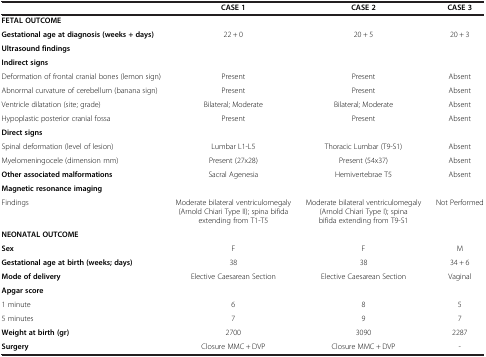
<table><thead><tr><td><b> </b></td><td><b>CASE 1</b></td><td><b>CASE 2</b></td><td><b>CASE 3</b></td></tr></thead><tbody><tr><td><b>FETAL OUTCOME</b></td><td> </td><td> </td><td> </td></tr><tr><td><b>Gestational age at diagnosis </b><b>(weeks + days)</b></td><td>22 + 0</td><td>20 + 5</td><td>20 + 3</td></tr><tr><td><b>Ultrasound findings</b></td><td> </td><td> </td><td> </td></tr><tr><td><b>Indirect signs</b></td><td> </td><td> </td><td> </td></tr><tr><td>Deformation of frontal cranial bones (lemon sign)</td><td>Present</td><td>Present</td><td>Absent</td></tr><tr><td>Abnormal curvature of cerebellum (banana sign)</td><td>Present</td><td>Present</td><td>Absent</td></tr><tr><td>Ventricle dilatation (site; grade)</td><td>Bilateral; Moderate</td><td>Bilateral; Moderate</td><td>Absent</td></tr><tr><td>Hypoplastic posterior cranial fossa</td><td>Present</td><td>Present</td><td>Absent</td></tr><tr><td><b>Direct signs</b></td><td> </td><td> </td><td> </td></tr><tr><td>Spinal deformation (level of lesion)</td><td>Lumbar L1-L5</td><td>Thoracic Lumbar (T9-S1)</td><td>Absent</td></tr><tr><td>Myelomeningocele (dimension mm)</td><td>Present (27x28)</td><td>Present (54x37)</td><td>Absent</td></tr><tr><td><b>Other associated malformations</b></td><td>Sacral Agenesia</td><td>Hemivertebrae T5</td><td>Absent</td></tr><tr><td><b>Magnetic resonance imaging</b></td><td> </td><td> </td><td> </td></tr><tr><td>Findings</td><td>Moderate bilateral ventriculomegaly (Arnold Chiari Type II); spina bifida extending from T1-T5</td><td>Moderate bilateral ventriculomegaly (Arnold Chiari Type I); spina bifida extending from T9-S1</td><td>Not Performed</td></tr><tr><td><b>NEONATAL OUTCOME</b></td><td> </td><td> </td><td> </td></tr><tr><td><b>Sex</b></td><td>F</td><td>F</td><td>M</td></tr><tr><td><b>Gestational age at birth (weeks; days)</b></td><td>38</td><td>38</td><td>34 + 6</td></tr><tr><td><b>Mode of delivery</b></td><td>Elective Caesarean Section</td><td>Elective Caesarean Section</td><td>Vaginal</td></tr><tr><td><b>Apgar score</b></td><td> </td><td> </td><td> </td></tr><tr><td>1 minute</td><td>6</td><td>8</td><td>5</td></tr><tr><td>5 minutes</td><td>7</td><td>9</td><td>7</td></tr><tr><td><b>Weight at birth (gr)</b></td><td>2700</td><td>3090</td><td>2287</td></tr><tr><td><b>Surgery</b></td><td>Closure MMC + DVP</td><td>Closure MMC + DVP</td><td>-</td></tr></tbody></table>